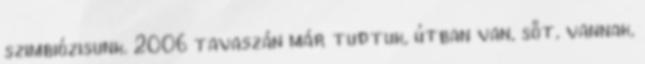
szimbiózisunk. 2006 tavaszán már tudtuk, útban van, sőt, vannak,